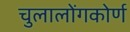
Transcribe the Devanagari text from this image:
चुलालोंगकोर्ण